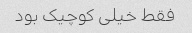
فقط خیلی کوچیک بود